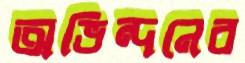
অভিন্দনের